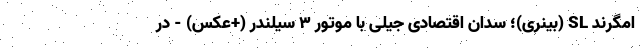
امگرند SL (بینری)؛ سدان اقتصادی جیلی با موتور 3 سیلندر (+عکس) - در